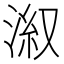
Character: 𣷕